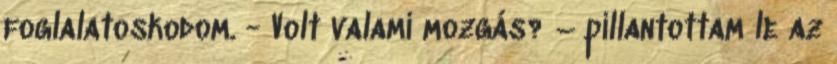
foglalatoskodom. - Volt valami mozgás? – pillantottam le az